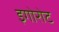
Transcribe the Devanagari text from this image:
इगोरोट